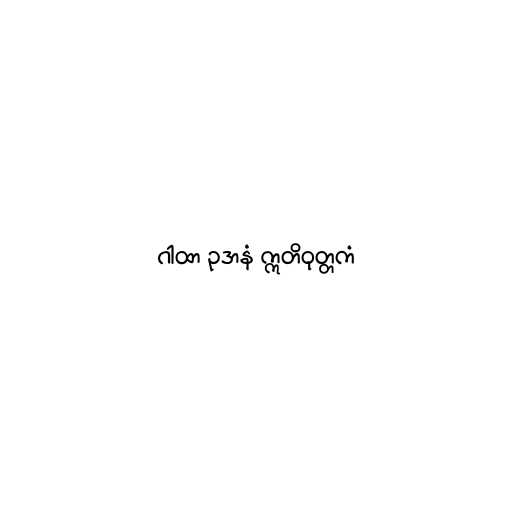
ဂါထာ ဥဒာနံ ဣတိဝုတ္တကံ